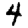
Digit: 4